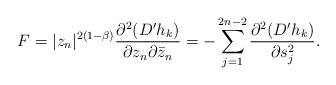
LaTeX: \begin{align*}F= |z_n|^{2(1-\beta)}\frac{\partial^2 (D' h_k)}{\partial z_n\partial \bar z_n} = -\sum_{j=1}^{2n-2} \frac{\partial^2(D'h_k)}{\partial s_j^2}.\end{align*}